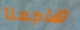
هاجمنا